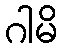
ဂါမိ